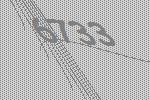
6733